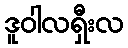
ဒူဝါလရှီးလ